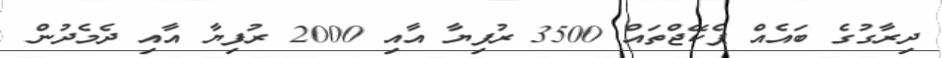
ދިރާގުގެ ބައެއް ޕެކޭޖްތައް 3500 ރުފިޔާ އާއި 2000 ރުފިޔާ އާއި ދެމެދުން